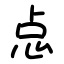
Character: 㤐